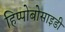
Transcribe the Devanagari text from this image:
हिप्पोबोसाइडी